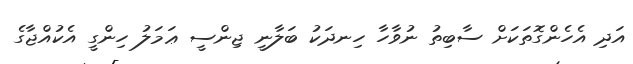
އަދި އެހެންގޮތަކަށް ސާބިތު ނުވާހާ ހިނދަކު ބަލާނީ ޖިންސީ ޢަމަލު ހިންގީ އެކުއްޖާގެ